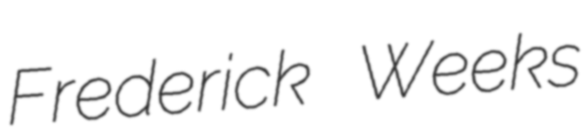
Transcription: Frederick Weeks